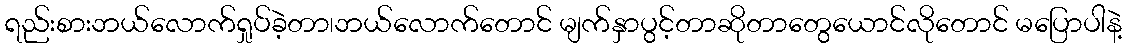
ရည်းစားဘယ်လောက်ရှုပ်ခဲ့တာ၊ဘယ်လောက်တောင် မျက်နှာပွင့်တာဆိုတာတွေယောင်လိုတောင် မပြောပါနဲ့